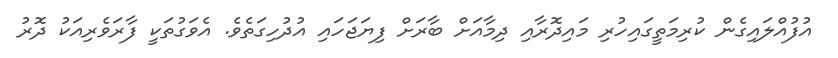
އުފުއްލައިގެން ކުރިމަތީގައިހުރި މައިދޮރާއި ދިމާއަށް ބާރަށް ފިޔަޖަހައި އުދުހިގަތެވެ. އެވަގުތަކީ ފާރަވެރިއަކު ދޮރު